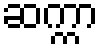
ဆက္ကာ